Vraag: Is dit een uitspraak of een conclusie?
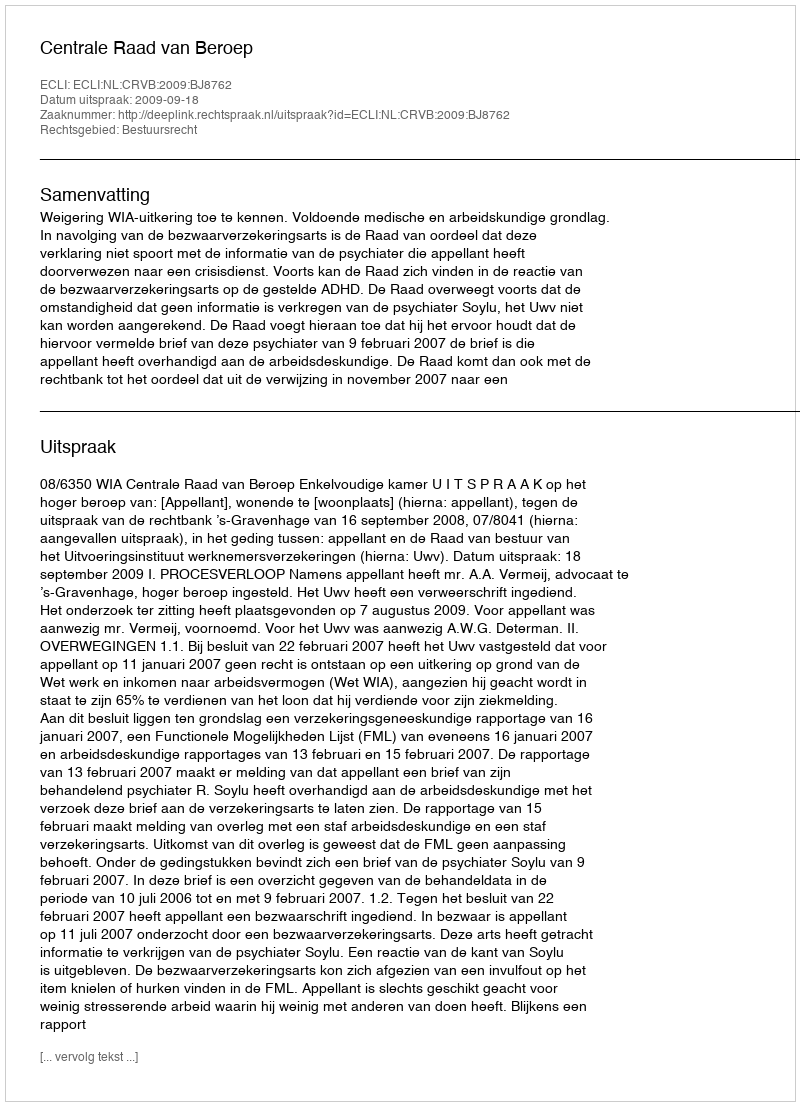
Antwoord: Uitspraak